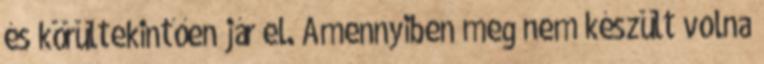
és körültekintően jár el. Amennyiben meg nem készült volna